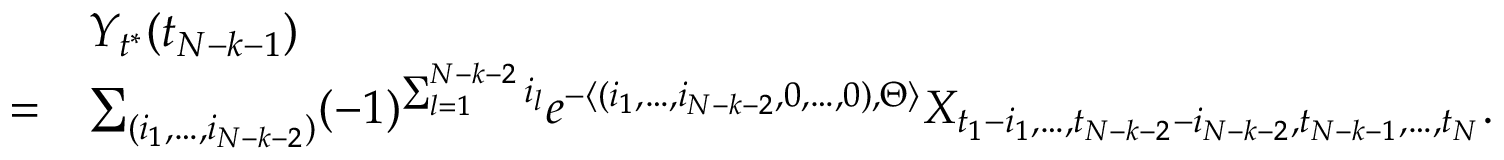
\begin{array} { r l } & { Y _ { t ^ { * } } ( t _ { N - k - 1 } ) } \\ { = } & { \sum _ { ( i _ { 1 } , \dots , i _ { N - k - 2 } ) } ( - 1 ) ^ { \sum _ { l = 1 } ^ { N - k - 2 } i _ { l } } e ^ { - \langle ( i _ { 1 } , \dots , i _ { N - k - 2 } , 0 , \dots , 0 ) , \Theta \rangle } X _ { { t _ { 1 } - i _ { 1 } } , \dots , t _ { N - k - 2 } - i _ { N - k - 2 } , t _ { N - k - 1 } , \dots , { t _ { N } } } . } \end{array}